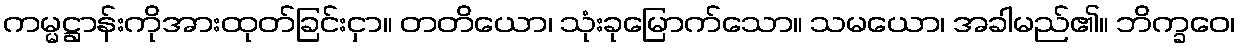
ကမ္မဋ္ဌာန်းကိုအားထုတ်ခြင်းငှာ။ တတိယော၊ သုံးခုမြောက်သော။ သမယော၊ အခါမည်၏။ ဘိက္ခဝေ၊